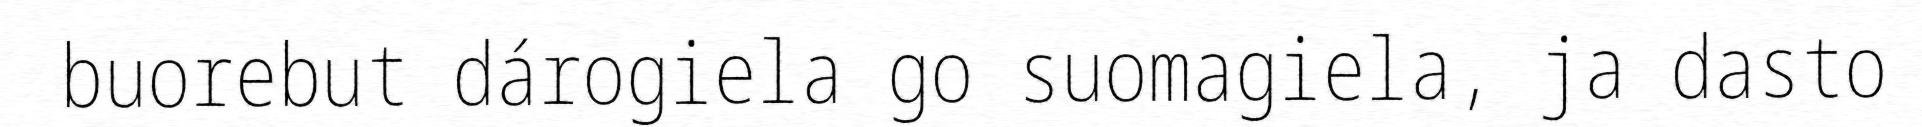
buorebut dárogiela go suomagiela, ja dasto